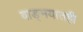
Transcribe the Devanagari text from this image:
वाङ्‌मयातही